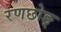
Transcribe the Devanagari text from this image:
रणछोङ्